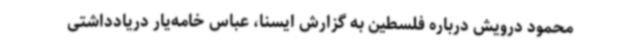
محمود درویش درباره فلسطین به گزارش ایسنا، عباس خامه‌یار دریادداشتی